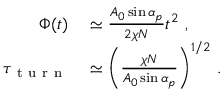
\begin{array} { r l } { \Phi ( t ) } & { { } \simeq \frac { A _ { 0 } \sin \alpha _ { p } } { 2 \chi N } t ^ { 2 } \ , } \\ { \tau _ { \mathrm { ~ t ~ u ~ r ~ n ~ } } } & { { } \simeq \left( \frac { \chi N } { A _ { 0 } \sin \alpha _ { p } } \right) ^ { 1 / 2 } \, . } \end{array}